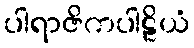
ပါရာဇိကပါဠိယံ